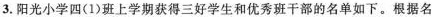
3.阳光小学四(1)班上学期获得三好学生和优秀班干部的名单如下。根据名